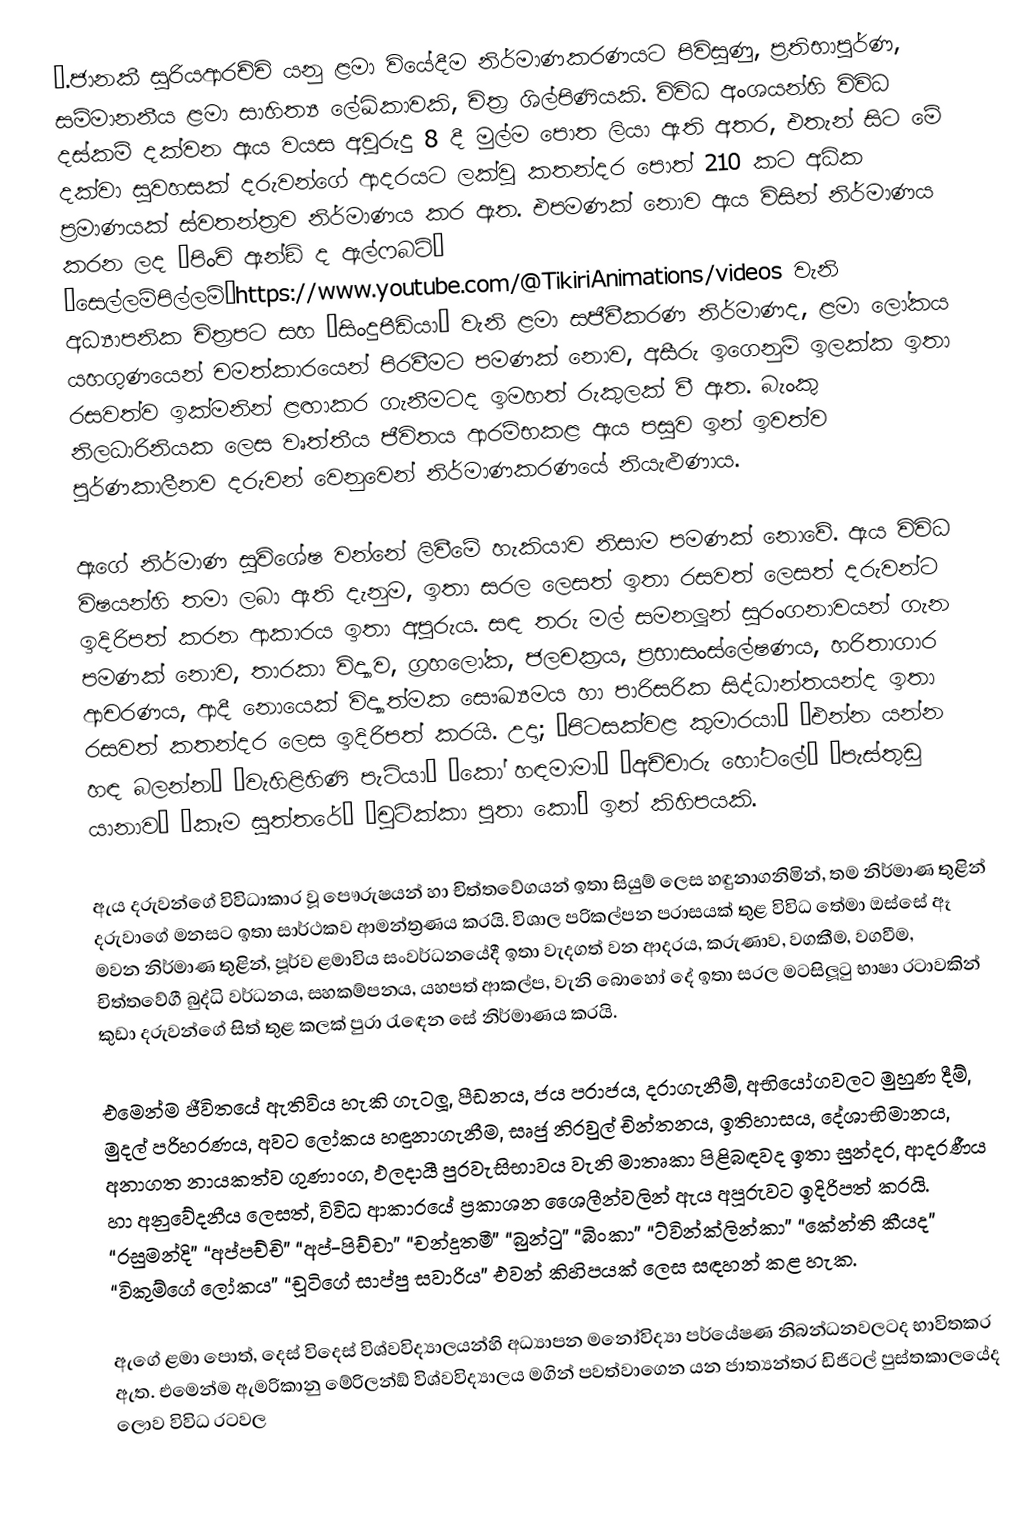
….ජානකී සූරියආරච්චි යනු ළමා වියේදීම නිර්මාණකරණයට පිවිසුණු, ප්‍රතිභාපූර්ණ, සම්මානනීය ළමා සාහිත්‍ය ලේඛිකාවකි, චිත්‍ර ශිල්පිණියකි. විවිධ අංශයන්හි විවිධ දස්කම් දක්වන ඇය වයස අවුරුදු 8 දී මුල්ම පොත ලියා ඇති අතර, එතැන් සිට මේ දක්වා සුවහසක් දරුවන්ගේ ආදරයට ලක්වූ කතන්දර පොත් 210 කට අධික ප්‍රමාණයක් ස්වතන්ත්‍රව නිර්මාණය කර ඇත. එපමණක් නොව ඇය විසින් නිර්මාණය කරන ලද “පිංචි ඇන්ඞ් ද ඇල්ෆබට්” “සෙල්ලම්පිල්ලම්”https://www.youtube.com/@TikiriAnimations/videos වැනි අධ්‍යාපනික චිත්‍රපට සහ “සිංදුපීඩියා” වැනි ළමා සජීවීකරණ නිර්මාණද, ළමා ලෝකය යහගුණයෙන් චමත්කාරයෙන් පිරවීමට පමණක් නොව, අසීරු ඉගෙනුම් ඉලක්ක ඉතා රසවත්ව ඉක්මනින් ළඟාකර ගැනීමටද ඉමහත් රුකුලක් වී ඇත. බැංකු නිලධාරිනියක ලෙස වෘත්තීය ජීවිතය ආරම්භකළ ඇය පසුව ඉන් ඉවත්ව පූර්ණකාලීනව දරුවන් වෙනුවෙන් නිර්මාණකරණයේ නියැළුණාය.

ඇගේ නිර්මාණ සුවිශේෂ වන්නේ ලිවීමේ හැකියාව නිසාම පමණක් නොවේ. ඇය විවිධ විෂයන්හි තමා ලබා ඇති දැනුම, ඉතා සරල ලෙසත් ඉතා රසවත් ලෙසත් දරුවන්ට ඉදිරිපත් කරන ආකාරය ඉතා අපූරුය. සඳ තරු මල් සමනලූන් සුරංගනාවයන් ගැන පමණක් නොව, තාරකා විද්‍යාව, ග්‍රහලෝක, ජලචක්‍රය, ප්‍රභාසංස්ලේෂණය, හරිතාගාර ආචරණය, ආදී නොයෙක් විද්‍යාත්මක සෞඛ්‍යමය හා පාරිසරික සිද්ධාන්තයන්ද ඉතා රසවත් කතන්දර ලෙස ඉදිරිපත් කරයි. උදා; “පිටසක්වළ කුමාරයා” “එන්න යන්න හඳ බලන්න” “වැහිළිහිණි පැටියා” “කෝ හඳමාමා” “අච්චාරු හෝටලේ” “පැස්තුඩු යානාව” “කෑම සූත්තරේ” “චූටික්කා පුතා කෝ” ඉන් කිහිපයකි.

ඇය දරුවන්ගේ විවිධාකාර වූ පෞරුෂයන් හා චිත්තවේගයන් ඉතා සියුම් ලෙස හඳුනාගනිමින්, තම නිර්මාණ තුළින් දරුවාගේ මනසට ඉතා සාර්ථකව ආමන්ත්‍රණය කරයි. විශාල පරිකල්පන පරාසයක් තුළ විවිධ තේමා ඔස්සේ ඈ මවන නිර්මාණ තුළින්, පූර්ව ළමාවිය සංවර්ධනයේදී ඉතා වැදගත් වන ආදරය, කරුණාව, වගකීම, වගවීම, චිත්තවේගී බුද්ධි වර්ධනය, සහකම්පනය, යහපත් ආකල්ප, වැනි බොහෝ දේ ඉතා සරල මටසිලූටු භාෂා රටාවකින් කුඩා දරුවන්ගේ සිත් තුළ කලක් පුරා රැඳෙන සේ නිර්මාණය කරයි.

එමෙන්ම ජීවිතයේ ඇතිවිය හැකි ගැටලූ, පීඩනය, ජය පරාජය, දරාගැනීම්, අභියෝගවලට මුහුණ දීම්, මුදල් පරිහරණය, අවට ලෝකය හඳුනාගැනීම, සෘජු නිරවුල් චින්තනය, ඉතිහාසය, දේශාභිමානය, අනාගත නායකත්ව ගුණාංග, ඵලදායී පුරවැසිභාවය වැනි මාතෘකා පිළිබඳවද ඉතා සුන්දර, ආදරණීය හා අනුවේදනීය ලෙසත්, විවිධ ආකාරයේ ප්‍රකාශන ශෛලීන්වලින් ඇය අපූරුවට ඉදිරිපත් කරයි. “රසුමන්දි” “අප්පච්චි” “අප්-පිච්චා” “චන්දුතමී” “බුන්ටු” “බිංකා” “ට්වින්ක්ලින්කා” “කේන්ති කීයද” “විකුම්ගේ ලෝකය” “චූටිගේ සාප්පු සවාරිය” එවන් කිහිපයක් ලෙස සඳහන් කළ හැක.

ඇගේ ළමා පොත්, දෙස් විදෙස් විශ්වවිද්‍යාලයන්හි අධ්‍යාපන මනෝවිද්‍යා පර්යේෂණ නිබන්ධනවලටද භාවිතකර ඇත. එමෙන්ම ඇමරිකානු මේරිලන්ඞ් විශ්වවිද්‍යාලය මගින් පවත්වාගෙන යන ජාත්‍යන්තර ඩිජිටල් පුස්තකාලයේද ලොව විවිධ රටවල